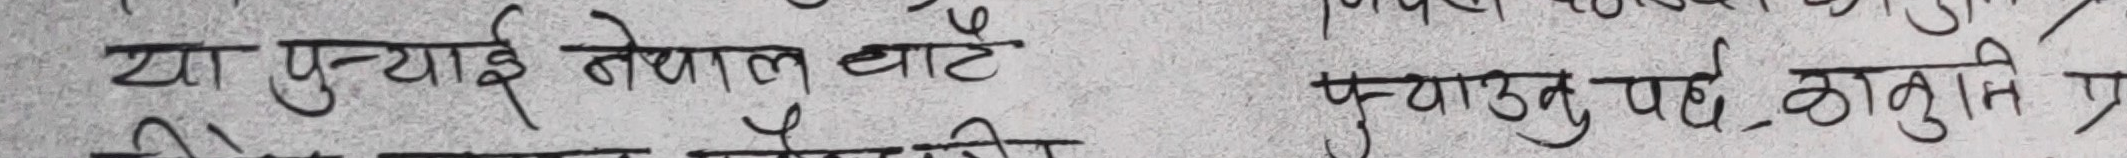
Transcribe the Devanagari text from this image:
या पुन्याई नेपालबाट
पुऱ्याउनुपर्छ, कानुनको प्र